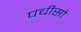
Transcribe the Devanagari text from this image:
पचीसो